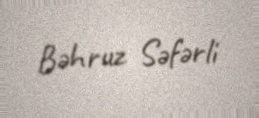
Bəhruz Səfərli